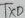
Text: TXD